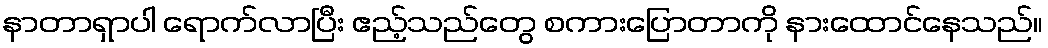
နာတာရှာပါ ရောက်လာပြီး ဧည့်သည်တွေ စကားပြောတာကို နားထောင်နေသည်။